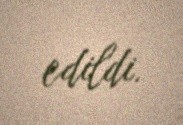
edildi.